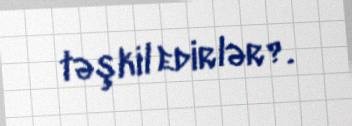
təşkil edirlər?.